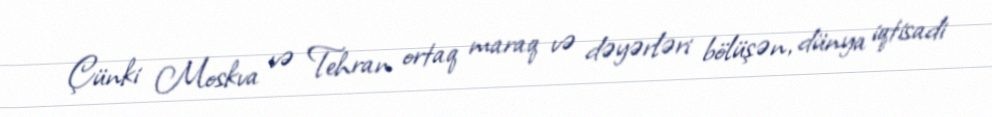
Çünki Moskva və Tehran ortaq maraq və dəyərləri bölüşən, dünya iqtisadi